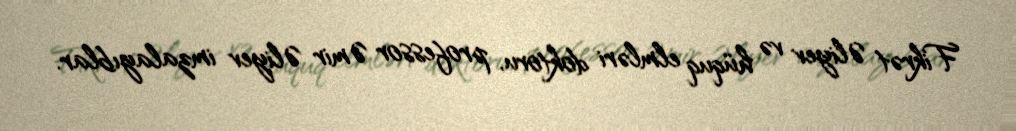
Fikrət Əliyev və hüquq elmləri doktoru, professor Əmir Əliyev imzalayıblar.